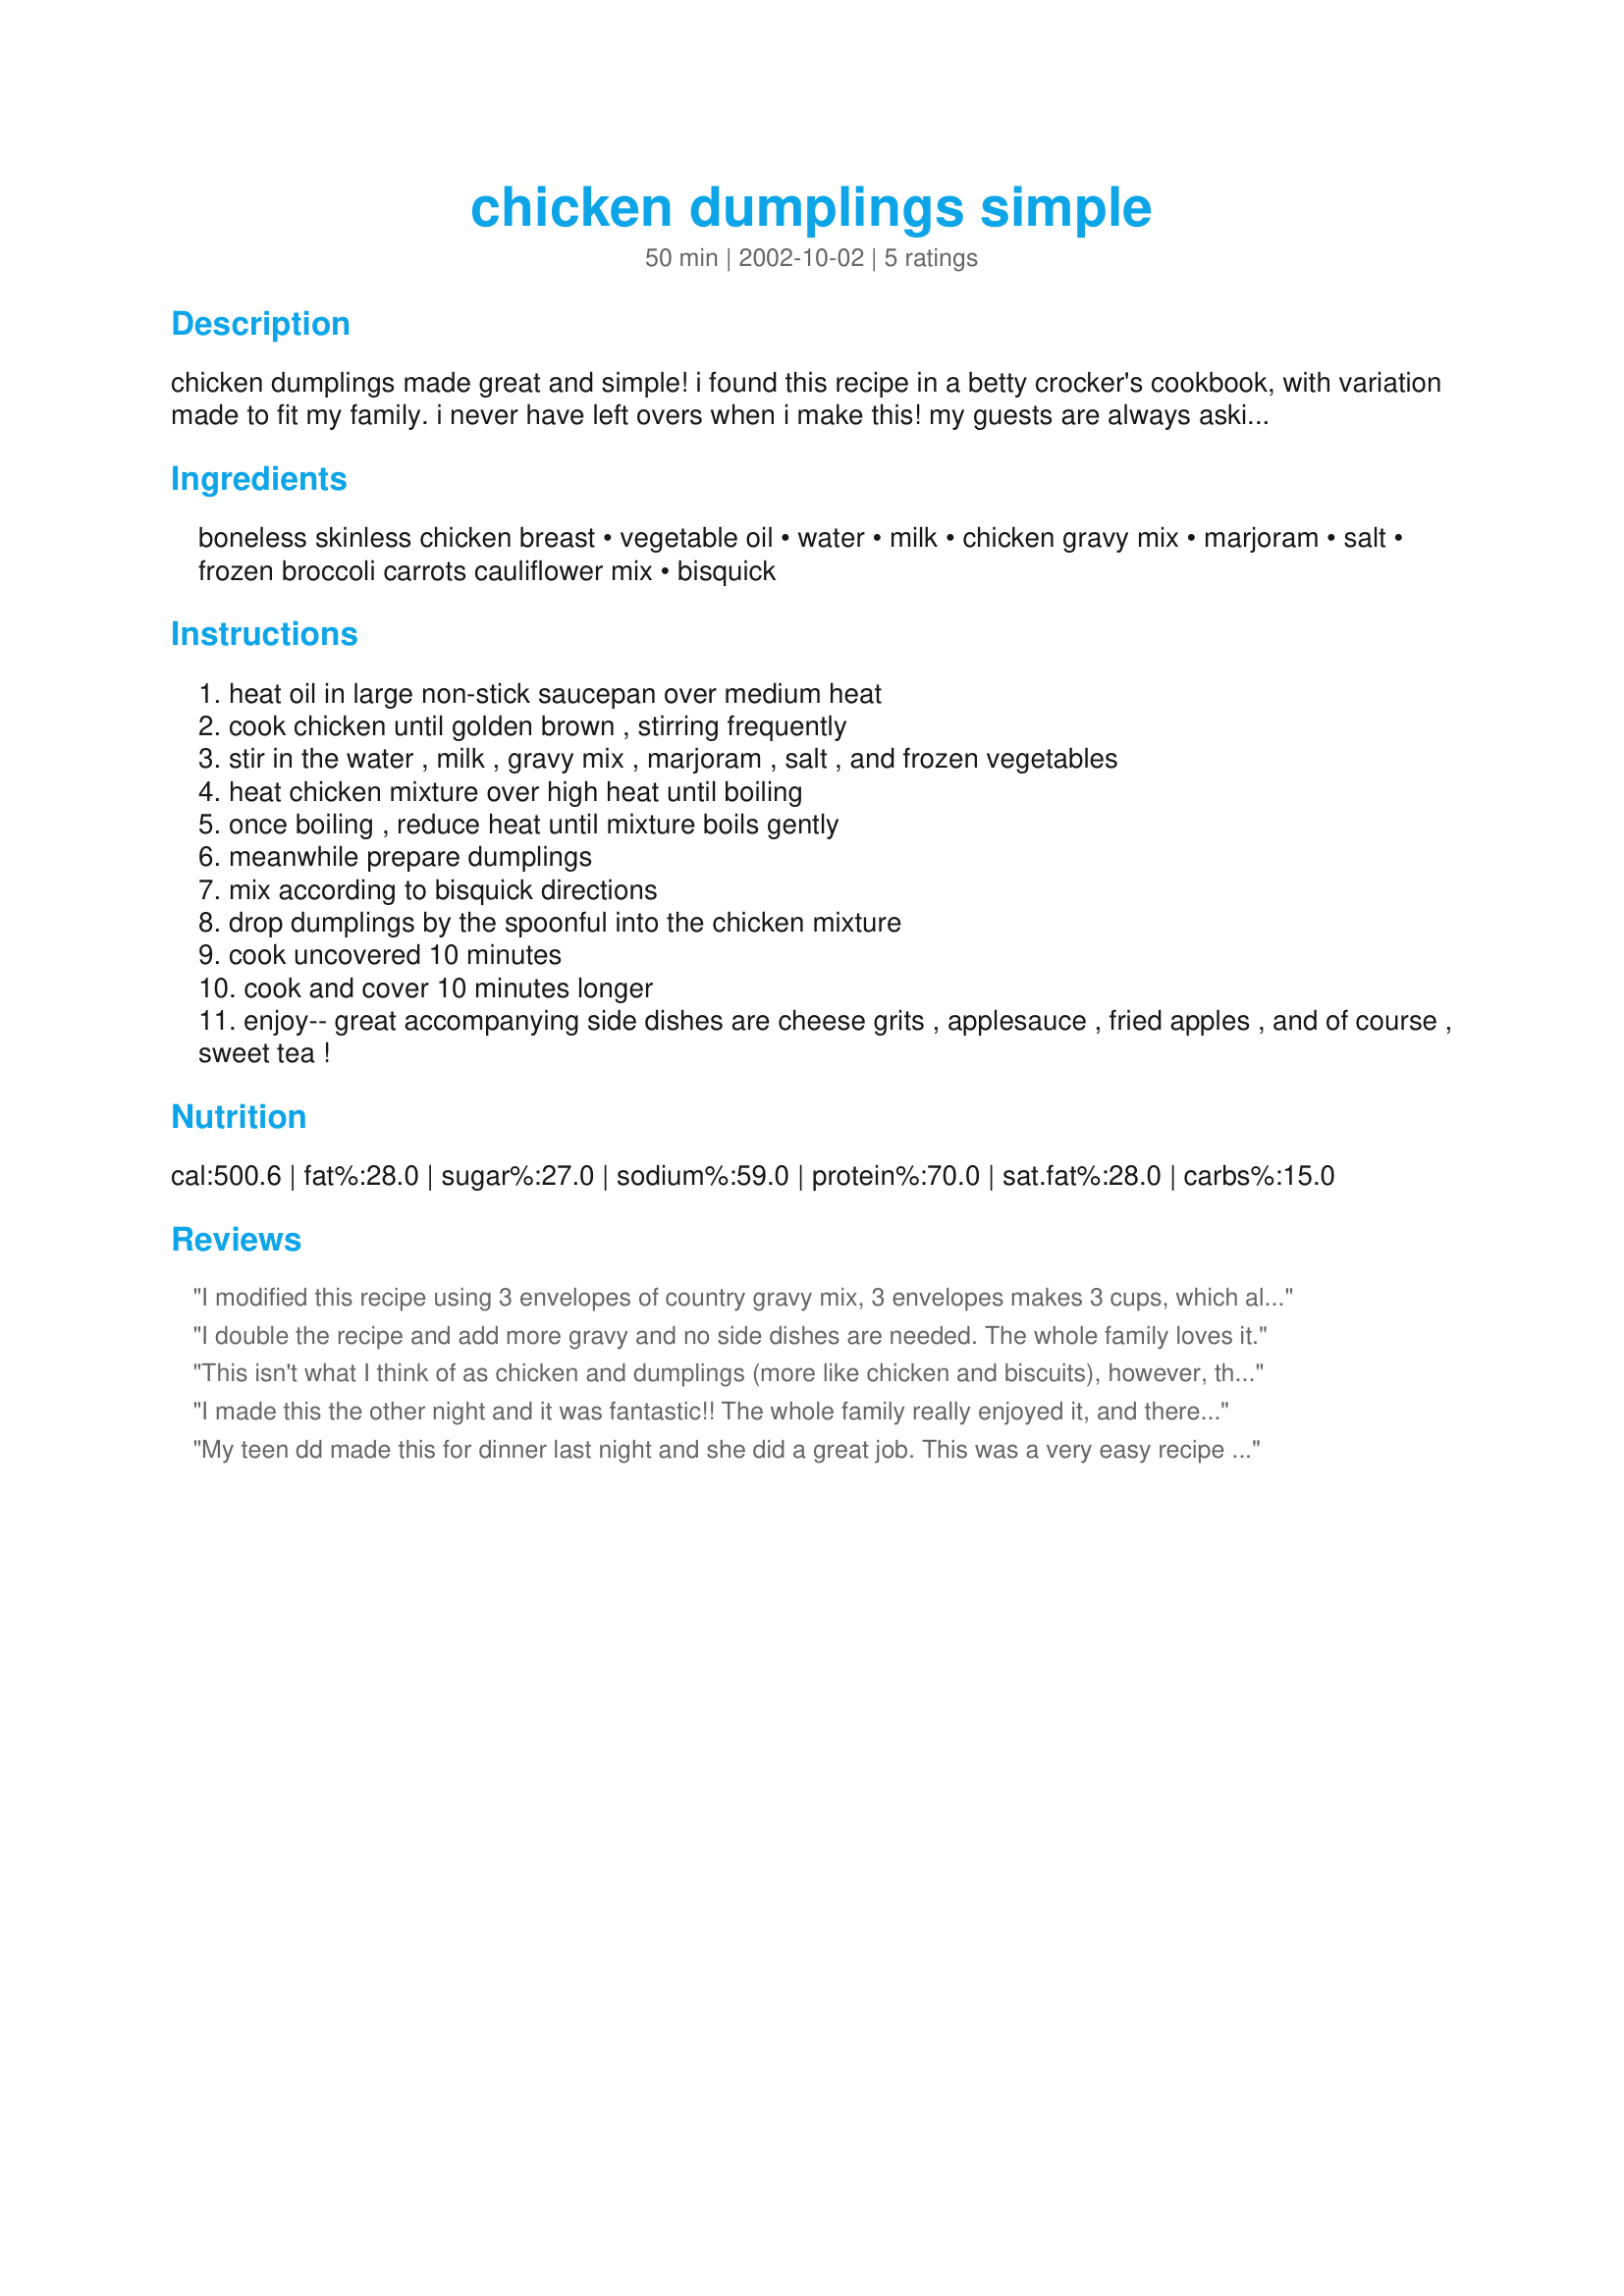
chicken dumplings simple
Preparation time: 50 minutes

chicken dumplings made great and simple! i found this recipe in a betty crocker's cookbook, with variation made to fit my family. i never have left overs when i make this! my guests are always asking for the recipe... it's that great! happy cooking!!

Ingredients:
boneless skinless chicken breast, vegetable oil, water, milk, chicken gravy mix, marjoram, salt, frozen broccoli carrots cauliflower mix, bisquick

Steps:
heat oil in large non-stick saucepan over medium heat
cook chicken until golden brown , stirring frequently
stir in the water , milk , gravy mix , marjoram , salt , and frozen vegetables
heat chicken mixture over high heat until boiling
once boiling , reduce heat until mixture boils gently
meanwhile prepare dumplings
mix according to bisquick directions
drop dumplings by the spoonful into the chicken mixture
cook uncovered 10 minutes
cook and cover 10 minutes longer
enjoy-- great accompanying side dishes are cheese grits , applesauce , fried apples , and of course , sweet tea !

Reviews:
I modified this recipe using 3 envelopes of country gravy mix, 3 envelopes makes 3 cups, which allowed more liquid within the dish so the dumplings could simmer in more broth. I realy enjoyed it.
I double the recipe and add more gravy and no side dishes are needed. The whole family loves it.
This isn't what I think of as chicken and dumplings (more like chicken and biscuits), however, this was a very easy recipe. Based on previous reviews, I added two packets of gravy (but I didn't increase the liquid). The comments I got were that this had too much liquid, so I will cut back on water if I make this again. I used fat-free milk and Bisquick Heart-Smart. I also couldn't find the broccoli/carrots/cauliflower mix, so I used a 16 ounce bag of mixed vegetables my family liked.
I made this the other night and it was fantastic!! The whole family really enjoyed it, and there were no leftovers! This recipe is perfect AS IS, thank you!
My teen dd made this for dinner last night and she did a great job. This was a very easy recipe to make.
We discussed the recipe and she thought that it needed more gravy, so the next time (and there will be a next time!!!) we will double or triple the gravy portion as was previously suggested. Thank you HeliWif for helping our family have a wonderful dinner together.
